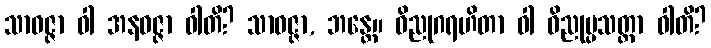
သာဝဇ္ဇာ ဝါ အနဝဇ္ဇာ ဝါတိ? သာဝဇ္ဇာ, ဘန္တေ။ ဝိညုဂရဟိတာ ဝါ ဝိညုပ္ပသတ္ထာ ဝါတိ?